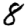
Digit: 8